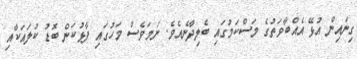
ގިނައިން އުޅޭ އެއްބާވަތުގެ މަސްކަމުގައި ބެލިދާނެއެވެ. ނަމަވެސް މަހުގައި ފާޅުކަން ބޮޑު ކުލައަކާއި